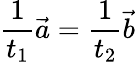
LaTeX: {\frac{1}{t_{1}}}{\vec{a}}={\frac{1}{t_{2}}}{\vec{b}}